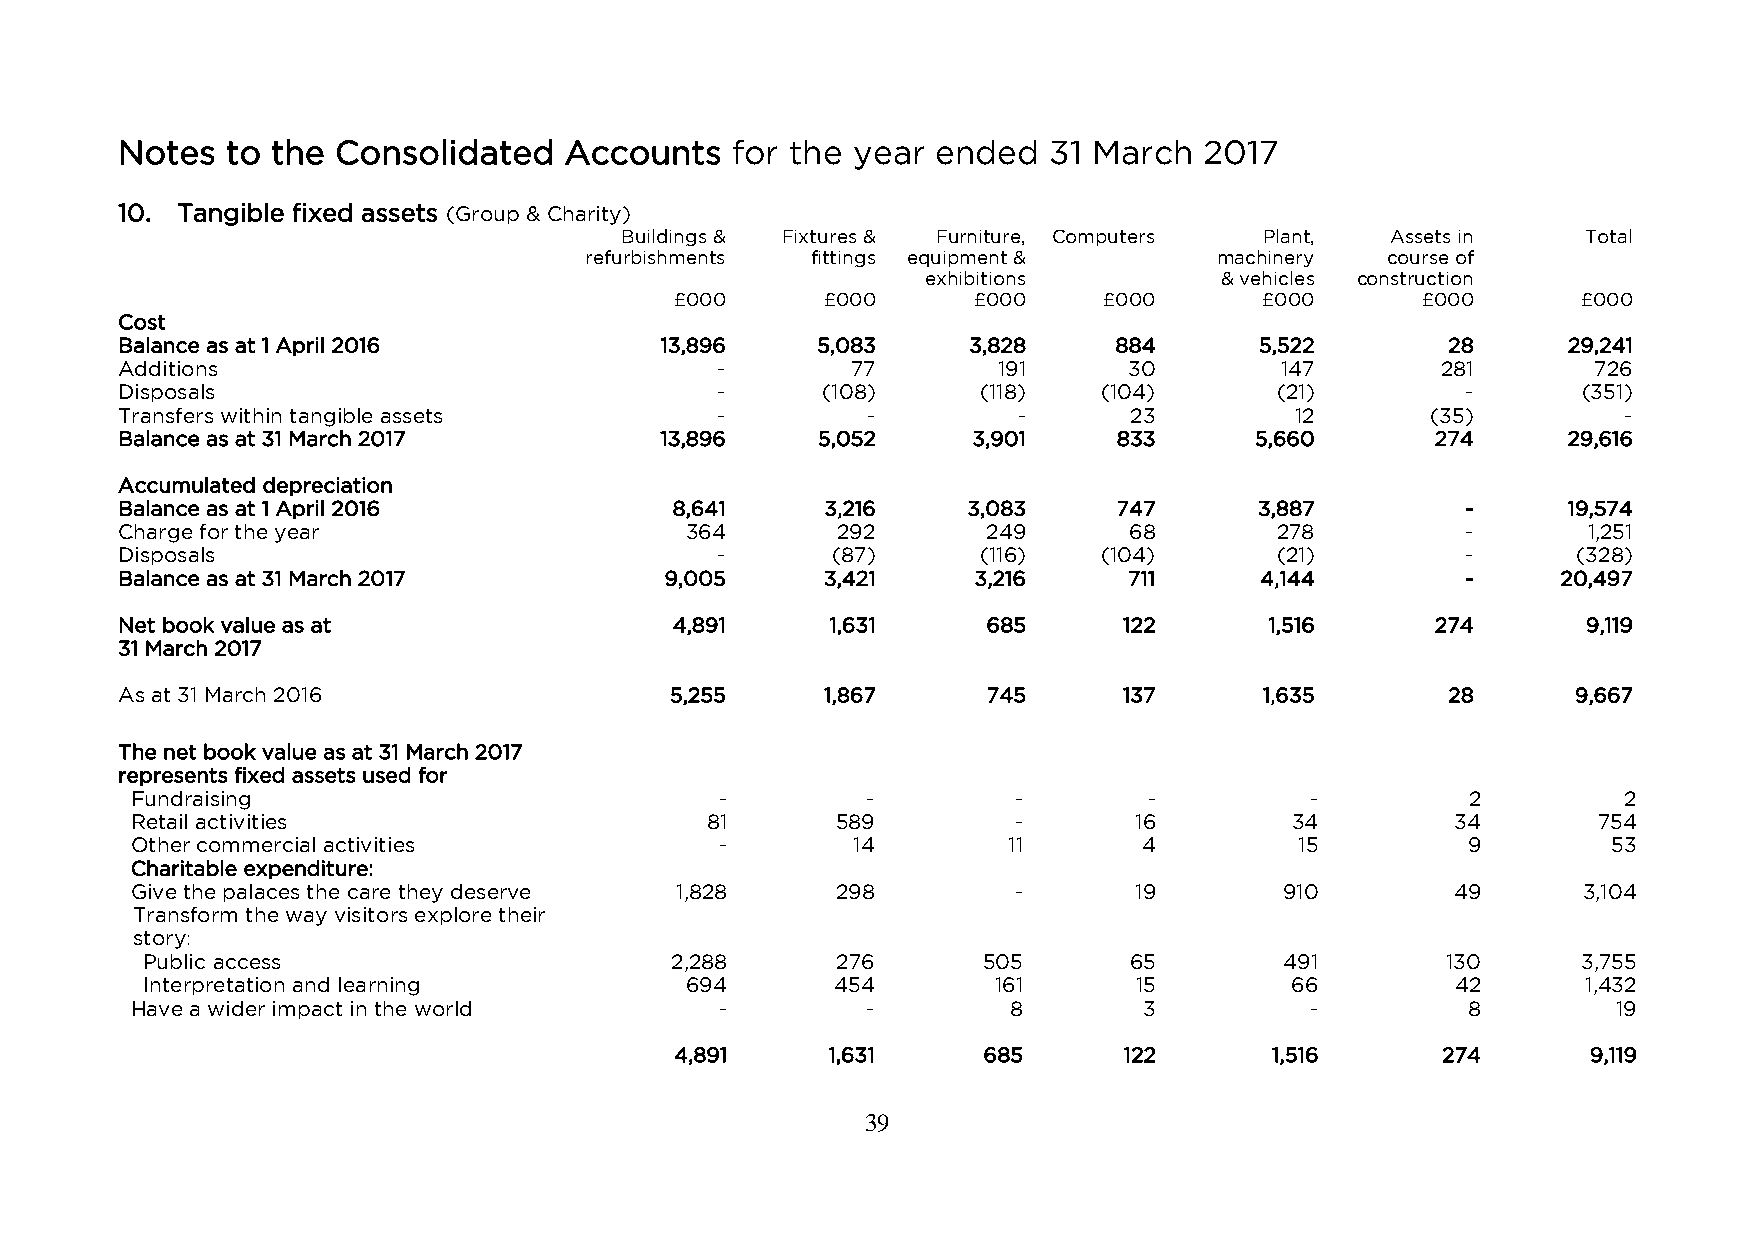
Notes  to the Consolidated   Accounts   for the year  ended  31 March   2017
 10. Tangible fixed assets (Group & Charity)
 Buildings & Fixtures & Furniture, Computers Plant, Assets in    Total
 refurbishments fittings equipment &       machinery  course of
 exhibitions         & vehicles construction
 £000      £000     £000     £000       £000      £000       £000
 Cost
 Balance as at 1 April 2016          13,896    5,083     3,828     884      5,522        28      29,241
 Additions                              -        77        191      30        147       281        726
 Disposals                              -      (108)      (118)   (104)      (21)         -       (351)
 Transfers within tangible assets       -         -         -       23         12       (35)         -
 Balance as at 31 March 2017         13,896    5,052     3,901     833      5,660       274      29,616
 Accumulated depreciation
 Balance as at 1 April 2016           8,641     3,216    3,083     747      3,887         -      19,574
 Charge for the year                  364       292       249       68       278          -       1,251
 Disposals                              -       (87)      (116)   (104)      (21)         -      (328)
 Balance as at 31 March 2017         9,005      3,421    3,216      711     4,144         -     20,497
 Net book value as at                 4,891     1,631     685      122       1,516      274       9,119
 31 March 2017
 As at 31 March 2016                 5,255      1,867     745      137       1,635       28      9,667
 The net book value as at 31 March 2017
 represents fixed assets used for
 Fundraising                            -        -         -        -          -         2          2
 Retail activities                     81      589         -       16        34         34        754
 Other commercial activities            -       14         11       4         15         9         53
 Charitable expenditure:
 Give the palaces the care they deserve 1,828  298         -       19        910        49       3,104
 Transform the way visitors explore their
 story:
 Public access                      2,288      276       505       65        491        130      3,755
 Interpretation and learning         694       454        161      15        66         42       1,432
 Have a wider impact in the world       -        -         8        3          -         8         19
 4,891     1,631     685      122       1,516      274       9,119
 39